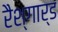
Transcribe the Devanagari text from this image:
रैश्गार्ड